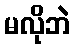
မလိုဘဲ